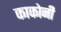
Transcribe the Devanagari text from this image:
काकोनी